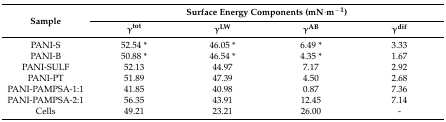
| <ROWSPAN=2> Sample | <COLSPAN=4> Surface Energy Components (mN·m−1) |
 | γtot | γLW | γAB | γdif |
 | --- | --- | --- | --- | --- |
 | PANI-S | 52.54 * | 46.05 * | 6.49 * | 3.33 |
 | PANI-B | 50.88 * | 46.54 * | 4.35 * | 1.67 |
 | PANI-SULF | 52.13 | 44.97 | 7.17 | 2.92 |
 | PANI-PT | 51.89 | 47.39 | 4.50 | 2.68 |
 | PANI-PAMPSA-1:1 | 41.85 | 40.98 | 0.87 | 7.36 |
 | PANI-PAMPSA-2:1 | 56.35 | 43.91 | 12.45 | 7.14 |
 | Cells | 49.21 | 23.21 | 26.00 | - |